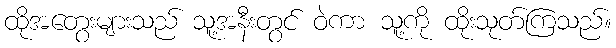
ထိုအတွေးများသည် သူ့အနီးတွင် ဝဲကာ သူ့ကို ထိုးသုတ်ကြသည်။